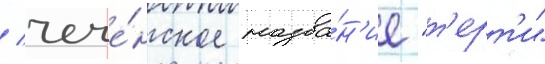
/ чече́нское назва́н'ие "т'ерт'и"